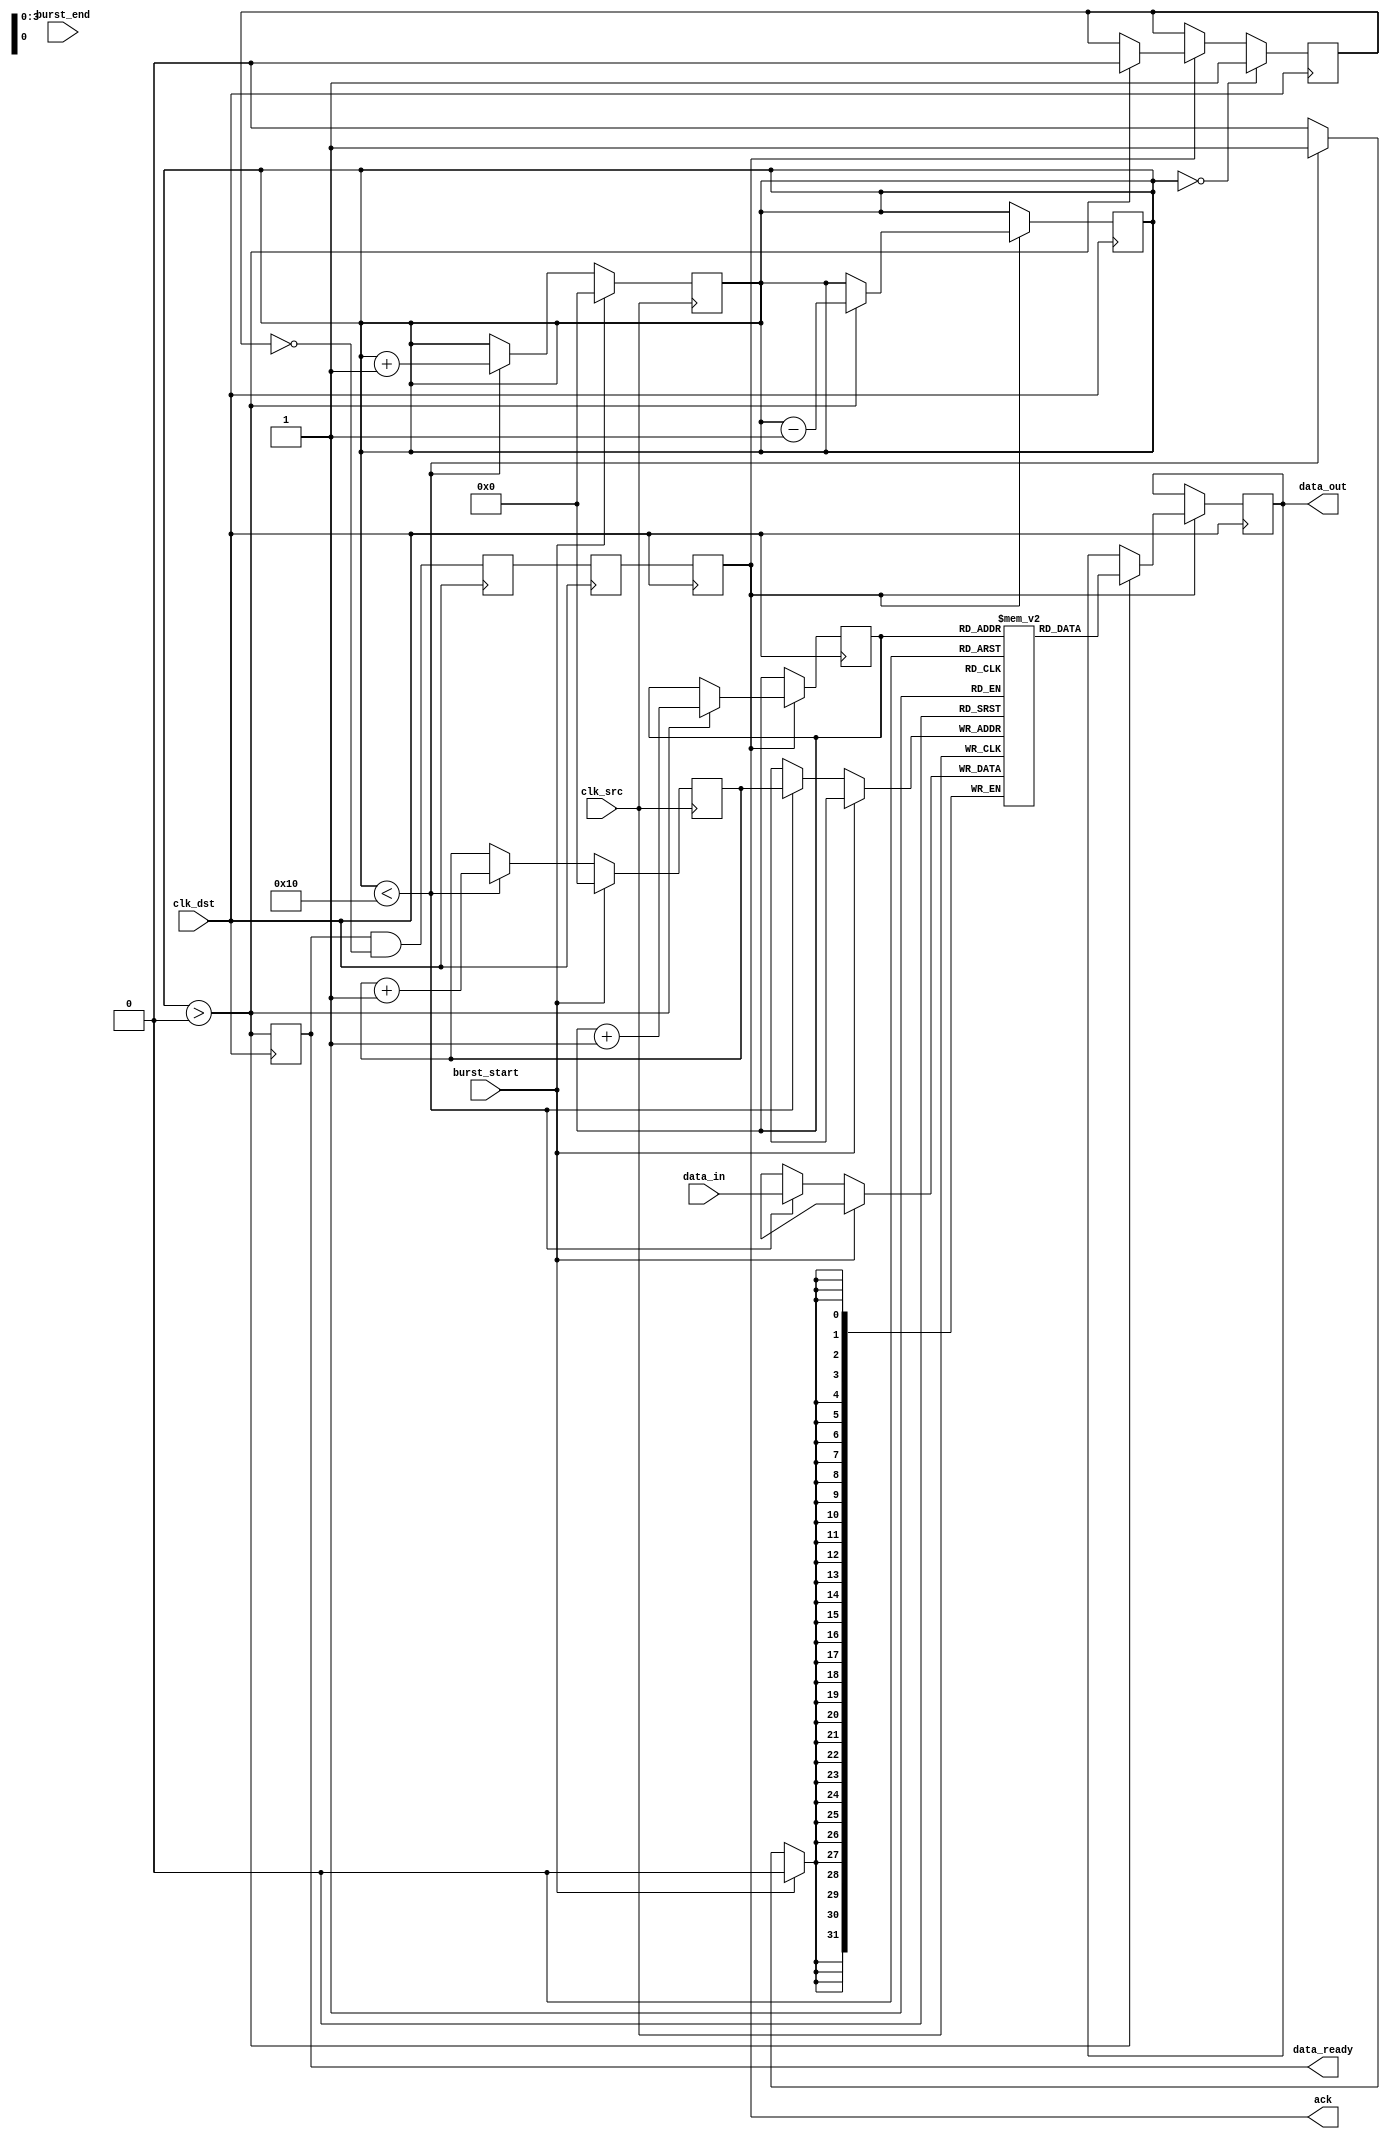
module burst_mode_synchronizer #(
    parameter DATA_WIDTH = 32,       // Width of the data bus
    parameter FIFO_DEPTH = 16         // Depth of the FIFO
)(
    input wire clk_src,               // Clock for source domain
    input wire clk_dst,               // Clock for destination domain
    input wire [DATA_WIDTH-1:0] data_in, // Data input from source
    input wire burst_start,           // Signal to indicate the start of burst
    input wire burst_end,             // Signal to indicate the end of burst
    output wire [DATA_WIDTH-1:0] data_out, // Data output to destination
    output wire data_ready,           // Signal to indicate data is ready
    output wire ack                   // Acknowledgment signal from destination
);

// FIFO implementation
reg [DATA_WIDTH-1:0] fifo [0:FIFO_DEPTH-1];
reg [3:0] write_ptr, read_ptr;
reg [3:0] count;                  // To track the number of entries in FIFO
reg fifo_full, fifo_empty;

// Handshaking signals
reg data_ready_int;
reg ack_int;

// Synchronization logic for control signals
reg burst_start_sync_1, burst_start_sync_2;
reg burst_end_sync_1, burst_end_sync_2;

// Write FIFO - operates in source clock domain
always @(posedge clk_src) begin
    if (burst_start) begin
        write_ptr <= 0;          // Reset write pointer when burst starts
        count <= 0;              // Reset count
        fifo_full <= 0;          // Reset full flag
    end else if (count < FIFO_DEPTH) begin
        fifo[write_ptr] <= data_in;
        write_ptr <= write_ptr + 1;
        count <= count + 1;
        if (count == FIFO_DEPTH - 1) begin
            fifo_full <= 1;      // FIFO full
        end
    end
end

// Read FIFO - operates in destination clock domain
always @(posedge clk_dst) begin
    if (ack) begin
        if (count > 0) begin
            data_out <= fifo[read_ptr];
            read_ptr <= read_ptr + 1;
            count <= count - 1;
            fifo_empty <= 0;     // FIFO not empty
        end
    end
    if (count == 0) begin
        fifo_empty <= 1;         // FIFO empty
    end
end

// Control logic for data_ready and ack signals
always @(posedge clk_dst) begin
    data_ready_int <= (count > 0);
    ack_int <= (data_ready_int && !fifo_empty);
end

// Synchronization for burst_start and burst_end signals
always @(posedge clk_src) begin
    burst_start_sync_1 <= burst_start;
    burst_start_sync_2 <= burst_start_sync_1;
    
    burst_end_sync_1 <= burst_end;
    burst_end_sync_2 <= burst_end_sync_1;
end

// Synchronization for ack signal to source clock domain
reg ack_sync_1, ack_sync_2;
always @(posedge clk_dst) begin
    ack_sync_1 <= ack_int;
    ack_sync_2 <= ack_sync_1;
end

assign data_ready = data_ready_int;
assign ack = ack_sync_2;

endmodule